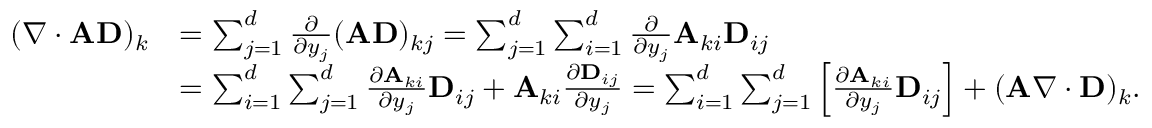
\begin{array} { r l } { ( \nabla \cdot \mathbf { A } \mathbf { D } ) _ { k } } & { = \sum _ { j = 1 } ^ { d } \frac { \partial } { \partial y _ { j } } ( \mathbf { A } \mathbf { D } ) _ { k j } = \sum _ { j = 1 } ^ { d } \sum _ { i = 1 } ^ { d } \frac { \partial } { \partial y _ { j } } \mathbf { A } _ { k i } \mathbf { D } _ { i j } } \\ & { = \sum _ { i = 1 } ^ { d } \sum _ { j = 1 } ^ { d } \frac { \partial \mathbf { A } _ { k i } } { \partial y _ { j } } \mathbf { D } _ { i j } + \mathbf { A } _ { k i } \frac { \partial \mathbf { D } _ { i j } } { \partial y _ { j } } = \sum _ { i = 1 } ^ { d } \sum _ { j = 1 } ^ { d } \left[ \frac { \partial \mathbf { A } _ { k i } } { \partial y _ { j } } \mathbf { D } _ { i j } \right] + ( \mathbf { A } \nabla \cdot \mathbf { D } ) _ { k } . } \end{array}